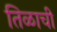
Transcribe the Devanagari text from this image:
तिळाची